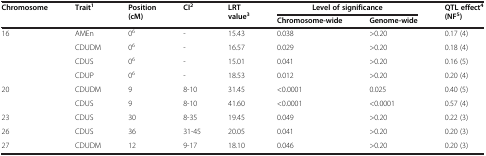
<table><thead><tr><td rowspan="2"><b>Chromosome</b></td><td rowspan="2"><b>Trait<sup>1</sup></b></td><td rowspan="2"><b>Position (cM)</b></td><td rowspan="2"><b>CI<sup>2</sup></b></td><td rowspan="2"><b>LRT value<sup>3</sup></b></td><td><b>Level of significance</b></td><td><b> </b></td><td rowspan="2"><b>QTL effect<sup>4 </sup>(NF<sup>5</sup>)</b></td></tr><tr><td><b>Chromosome-wide</b></td><td><b>Genome-wide</b></td></tr></thead><tbody><tr><td rowspan="4">16</td><td>AMEn</td><td>0<sup>6</sup></td><td>-</td><td>15.43</td><td>0.038</td><td>&gt;0.20</td><td>0.17 (4)</td></tr><tr><td>CDUDM</td><td>0<sup>6</sup></td><td>-</td><td>16.57</td><td>0.029</td><td>&gt;0.20</td><td>0.18 (4)</td></tr><tr><td>CDUS</td><td>0<sup>6</sup></td><td>-</td><td>15.01</td><td>0.041</td><td>&gt;0.20</td><td>0.16 (5)</td></tr><tr><td>CDUP</td><td>0<sup>6</sup></td><td>-</td><td>18.53</td><td>0.012</td><td>&gt;0.20</td><td>0.20 (4)</td></tr><tr><td rowspan="2">20</td><td>CDUDM</td><td>9</td><td>8-10</td><td>31.45</td><td>&lt;0.0001</td><td>0.025</td><td>0.40 (5)</td></tr><tr><td>CDUS</td><td>9</td><td>8-10</td><td>41.60</td><td>&lt;0.0001</td><td>&lt;0.0001</td><td>0.57 (4)</td></tr><tr><td>23</td><td>CDUS</td><td>30</td><td>8-35</td><td>19.45</td><td>0.049</td><td>&gt;0.20</td><td>0.22 (3)</td></tr><tr><td>26</td><td>CDUS</td><td>36</td><td>31-45</td><td>20.05</td><td>0.041</td><td>&gt;0.20</td><td>0.20 (3)</td></tr><tr><td>27</td><td>CDUDM</td><td>12</td><td>9-17</td><td>18.10</td><td>0.046</td><td>&gt;0.20</td><td>0.20 (3)</td></tr></tbody></table>